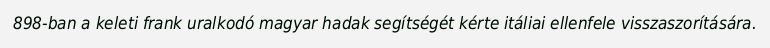
898-ban a keleti frank uralkodó magyar hadak segítségét kérte itáliai ellenfele visszaszorítására.